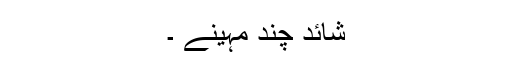
شائد چند مہینے ۔